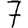
Digit: 7